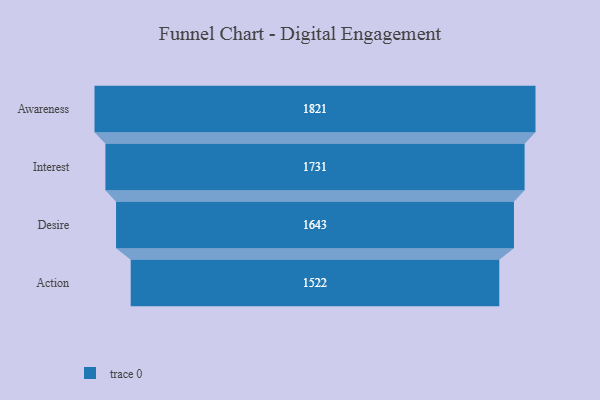
{"axis": {"x": "Stage", "y": "Value"}, "legend": [""], "data": [{"x": "Awareness", "y": 1821.0, "type": ""}, {"x": "Interest", "y": 1731.0, "type": ""}, {"x": "Desire", "y": 1643.0, "type": ""}, {"x": "Action", "y": 1522.0, "type": ""}]}